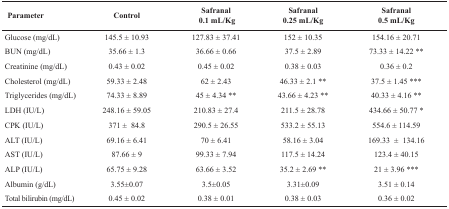
<table><thead><tr><td><b>Parameter</b></td><td><b>Control</b></td><td><b>Safranal 0.1 mL/Kg</b></td><td><b>Safranal 0.25 mL/Kg</b></td><td><b>Safranal 0.5 mL/Kg</b></td></tr></thead><tbody><tr><td>Glucose (mg/dL)</td><td>145.5 ± 10.93</td><td>127.83 ± 37.41</td><td>152 ± 10.35</td><td>154.16 ± 20.71</td></tr><tr><td>BUN (mg/dL)</td><td>35.66 ± 1.3</td><td>36.66 ± 0.66</td><td>37.5 ± 2.89</td><td>73.33 ± 14.22 **</td></tr><tr><td>Creatinine (mg/dL)</td><td>0.43 ± 0.02</td><td>0.45 ± 0.02</td><td>0.38 ± 0.03</td><td>0.36 ± 0.2</td></tr><tr><td>Cholesterol (mg/dL)</td><td>59.33 ± 2.48</td><td>62 ± 2.43</td><td>46.33 ± 2.1 **</td><td>37.5 ± 1.45 ***</td></tr><tr><td>Triglycerides (mg/dL)</td><td>74.33 ± 8.89</td><td>45 ± 4.34 **</td><td>43.66 ± 4.23 **</td><td>40.33 ± 4.16 **</td></tr><tr><td>LDH (IU/L)</td><td>248.16 ± 59.05</td><td>210.83 ± 27.4</td><td>211.5 ± 28.78</td><td>434.66 ± 50.77 *</td></tr><tr><td>CPK (IU/L)</td><td>371 ± 84.8</td><td>290.5 ± 26.55</td><td>533.2 ± 55.13</td><td>554.6 ± 114.59</td></tr><tr><td>ALT (IU/L)</td><td>69.16 ± 6.41</td><td>70 ± 6.41</td><td>58.16 ± 3.04</td><td>169.33 ± 134.16</td></tr><tr><td>AST (IU/L)</td><td>87.66 ± 9</td><td>99.33 ± 7.94</td><td>117.5 ± 14.24</td><td>123.4 ± 40.15</td></tr><tr><td>ALP (IU/L)</td><td>65.75 ± 9.28</td><td>63.66 ± 3.52</td><td>35.2 ± 2.69 **</td><td>21 ± 3.96 ***</td></tr><tr><td>Albumin (g/dL)</td><td>3.55±0.07</td><td>3.5±0.05</td><td>3.31±0.09</td><td>3.51 ± 0.14</td></tr><tr><td>Total bilirubin (mg/dL)</td><td>0.45 ± 0.02</td><td>0.38 ± 0.01</td><td>0.38 ± 0.03</td><td>0.36 ± 0.02</td></tr></tbody></table>